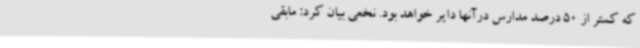
که کمتر از 50 درصد مدارس درآنها دایر خواهد بود. نخعی بیان کرد: مابقی